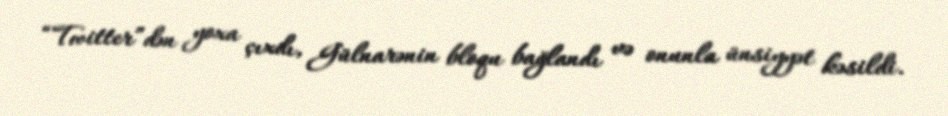
“Twitter”dən yoxa çıxdı, Gülnarənin bloqu bağlandı və onunla ünsiyyət kəsildi.